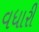
વધારી